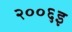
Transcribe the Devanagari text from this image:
२००६इ